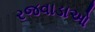
રજવાડાઓ